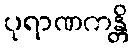
ပုရာဏကန္တိ